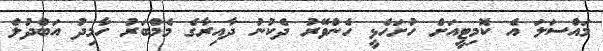
މައްސަލަ އެ ކޮމިޓީއަށް ހުށަހެޅީ ހެންވޭރު ދެކުނު ދާއިރާގެ މެމްބަރު ހާމިދު އަބްދުލް